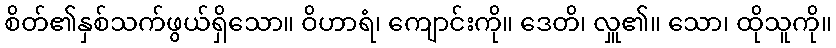
စိတ်၏နှစ်သက်ဖွယ်ရှိသော။ ဝိဟာရံ၊ ကျောင်းကို။ ဒေတိ၊ လှူ၏။ သော၊ ထိုသူကို။